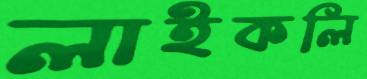
লাইকলি